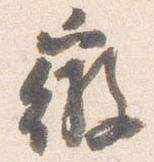
微